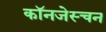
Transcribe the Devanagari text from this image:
कॉनजेस्चन